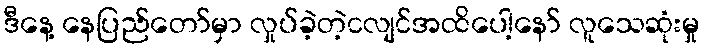
ဒီနေ့ နေပြည်တော်မှာ လှုပ်ခဲ့တဲ့ငလျင်အထိပေါ့နော် လူသေဆုံးမှု